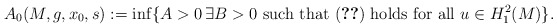
\begin{align*}A_0(M,g,x_0,s) := \inf\{A > 0\, \exists B>0\hbox{ such that }\eqref{eqt-0.1-Main-Th-Sharp-Cst-H-S-ineq} \hbox{ holds for all }u\in H_1^2(M)\}.\end{align*}